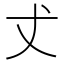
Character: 𠀋